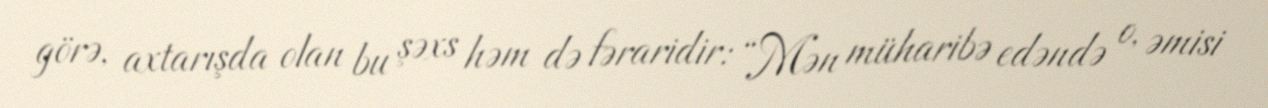
görə, axtarışda olan bu şəxs həm də fəraridir: “Mən müharibə edəndə o, əmisi